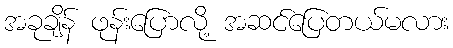
အခုချိန် ဖုန်းပြောလို့ အဆင်ပြေတယ်မလား